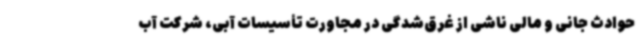
حوادث جانی و مالی ناشی از غرق‌شدگی در مجاورت تأسیسات آبی، شرکت آب